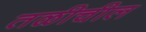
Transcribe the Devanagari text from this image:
तळीचील